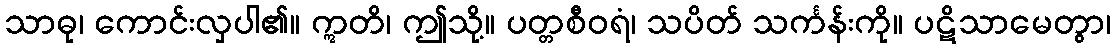
သာဓု၊ ကောင်းလှပါ၏။ ဣတိ၊ ဤသို့။ ပတ္တစီဝရံ၊ သပိတ် သင်္ကန်းကို။ ပဋိသာမေတွာ၊